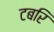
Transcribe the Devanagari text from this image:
टबरि